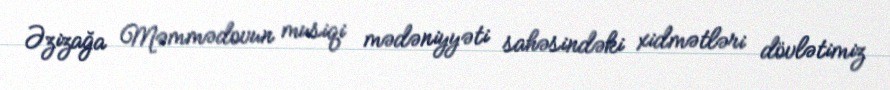
Əzizağa Məmmədovun musiqi mədəniyyəti sahəsindəki xidmətləri dövlətimiz